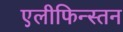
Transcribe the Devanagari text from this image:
एलीफिन्स्तन